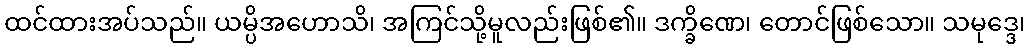
ထင်ထားအပ်သည်။ ယမ္ပိအဟောသိ၊ အကြင်သို့မူလည်းဖြစ်၏။ ဒက္ခိဏေ၊ တောင်ဖြစ်သော။ သမုဒ္ဒေ၊